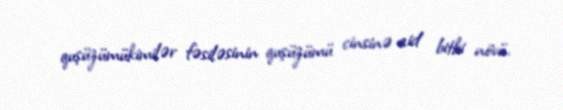
quşüzümükimilər fəsiləsinin quşüzümü cinsinə aid bitki növü.